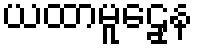
ယထာမူဠှေန